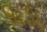
વાડદ